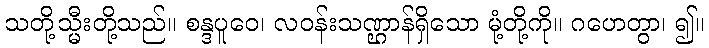
သတို့သ္မီးတို့သည်။ စန္ဒပူဝေ၊ လဝန်းသဏ္ဌာန်ရှိသော မုံ့တို့ကို။ ဂဟေတွာ၊ ၍။